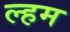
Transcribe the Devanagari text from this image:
ल्हम